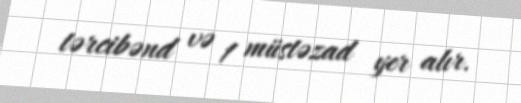
tərcibənd və 1 müstəzad yer alır.